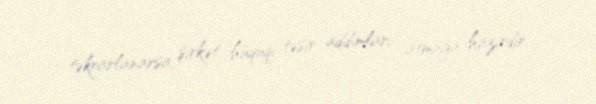
təkrarlanarsa, şirkət hüquqi təsir addımları atmağa hazırdır.